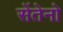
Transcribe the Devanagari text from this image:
सेंतेनो